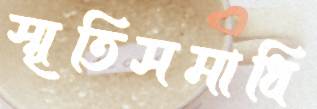
স্মৃতিসমাধি